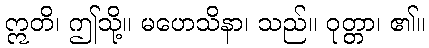
ဣတိ၊ ဤသို့။ မဟေသိနာ၊ သည်။ ဝုတ္တာ၊ ၏။